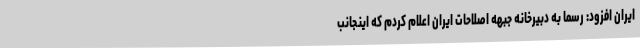
ایران افزود: رسما به دبیرخانه جبهه اصلاحات ایران اعلام کردم که اینجانب